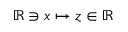
\mathbb { R } \ni x \mapsto z \in \mathbb { R }